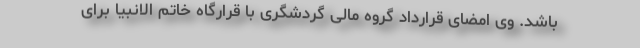
باشد. وی امضای قرارداد گروه مالی گردشگری با قرارگاه خاتم الانبیا برای